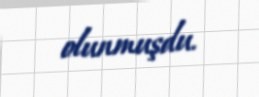
olunmuşdu.